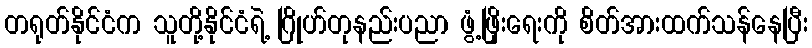
တရုတ်နိုင်ငံက သူတို့နိုင်ငံရဲ့ ဂြိုဟ်တုနည်းပညာ ဖွံ့ဖြိုးရေးကို စိတ်အားထက်သန်နေပြီး